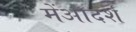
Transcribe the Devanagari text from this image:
मेंआदर्श